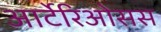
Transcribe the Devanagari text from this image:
आर्टेरिओसस